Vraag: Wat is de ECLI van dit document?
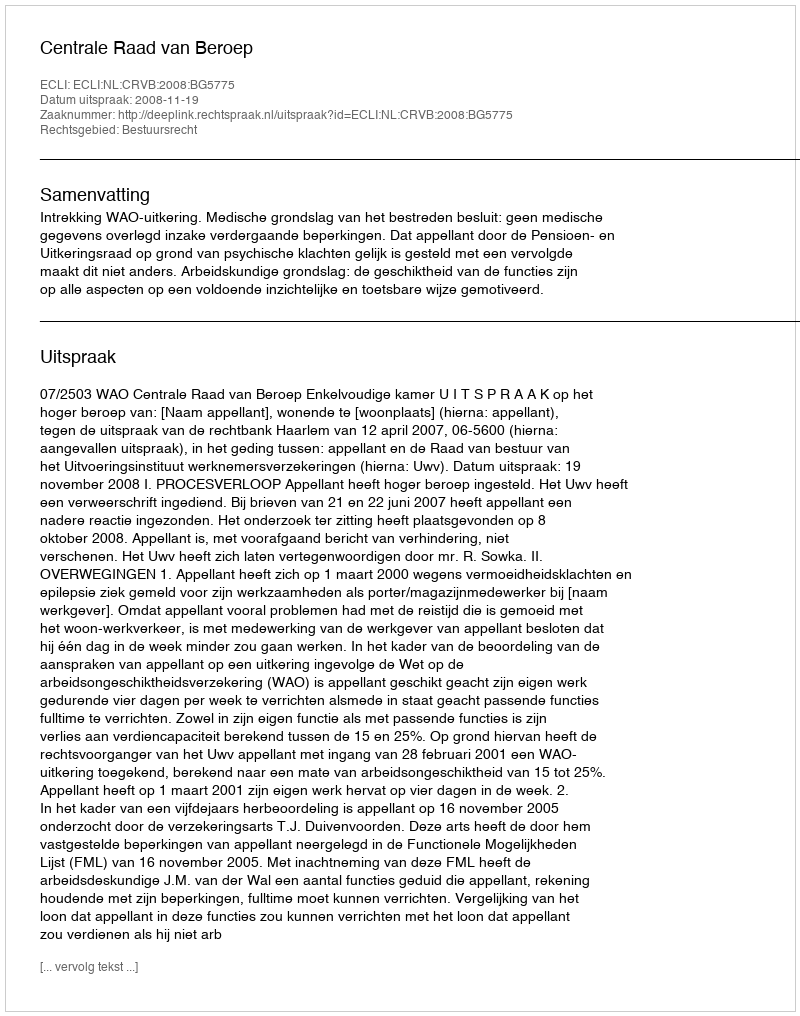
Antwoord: ECLI:NL:CRVB:2008:BG5775